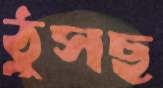
ঠুসছ